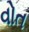
વોત